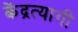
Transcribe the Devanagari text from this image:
केंद्रत्यागी